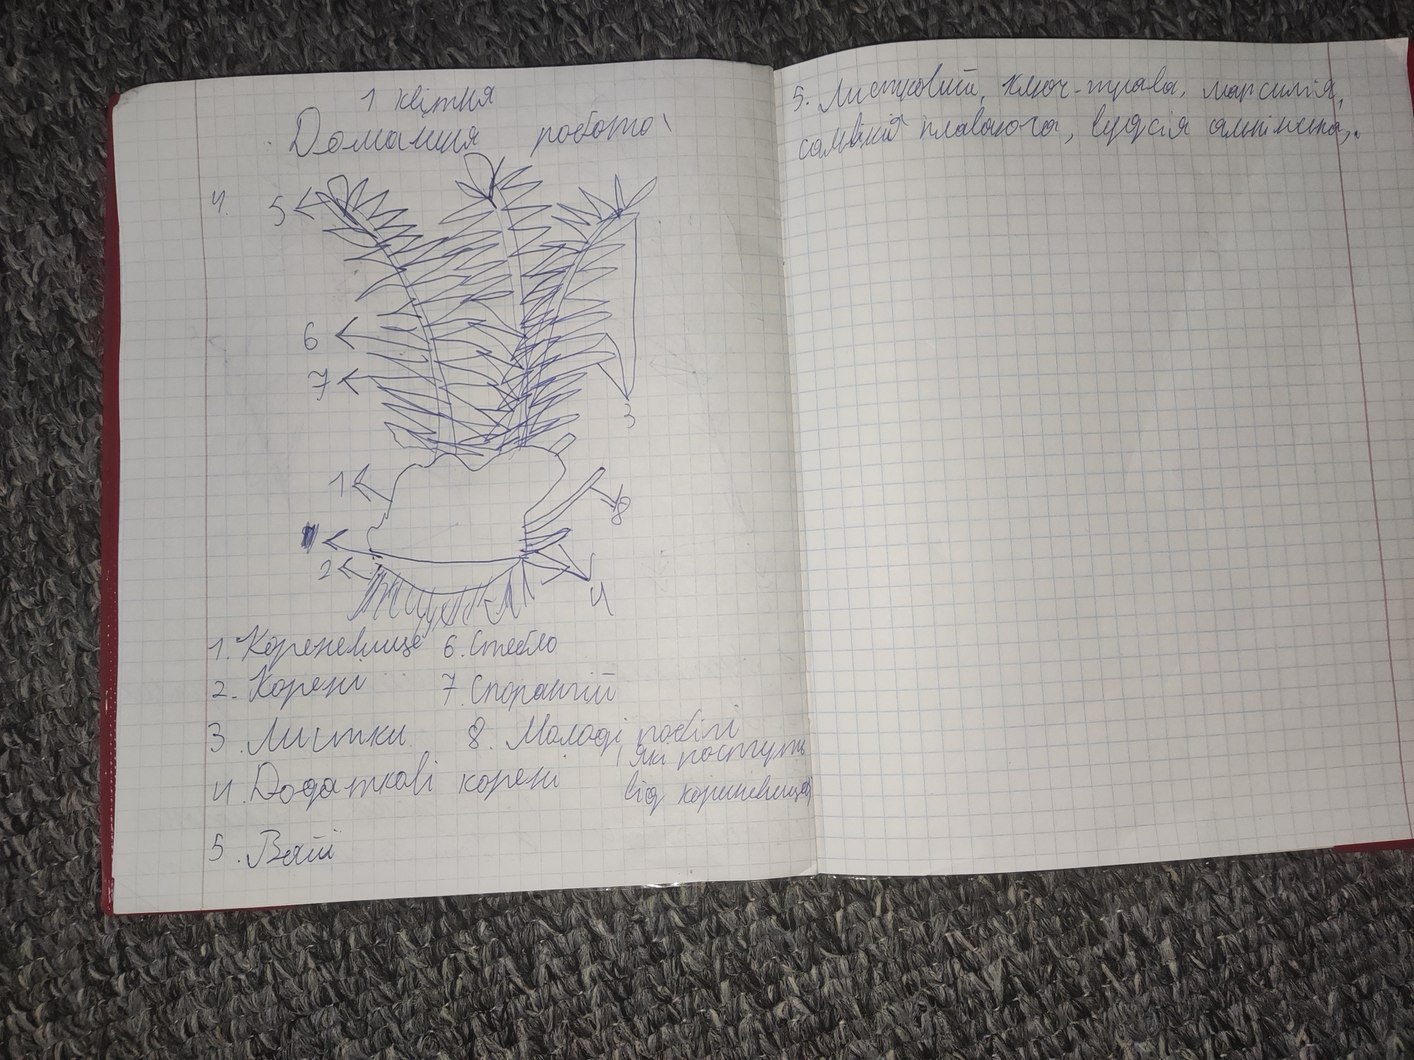
5. Листковий, ключ-трава, марсилія,
1 квітня
сальвія  плаваюча, вудсія альпійська,.
Домашня робота
1. Кореневище 6. Стебло
2. Корень 7. Спорангій
3. Листки.   8. Молоді побігі
( які ростуть
4.  Додаткові корені   від корневища